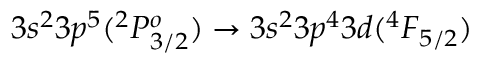
3 s ^ { 2 } 3 p ^ { 5 } ( ^ { 2 } P _ { 3 / 2 } ^ { o } ) \rightarrow 3 s ^ { 2 } 3 p ^ { 4 } 3 d ( ^ { 4 } F _ { 5 / 2 } )